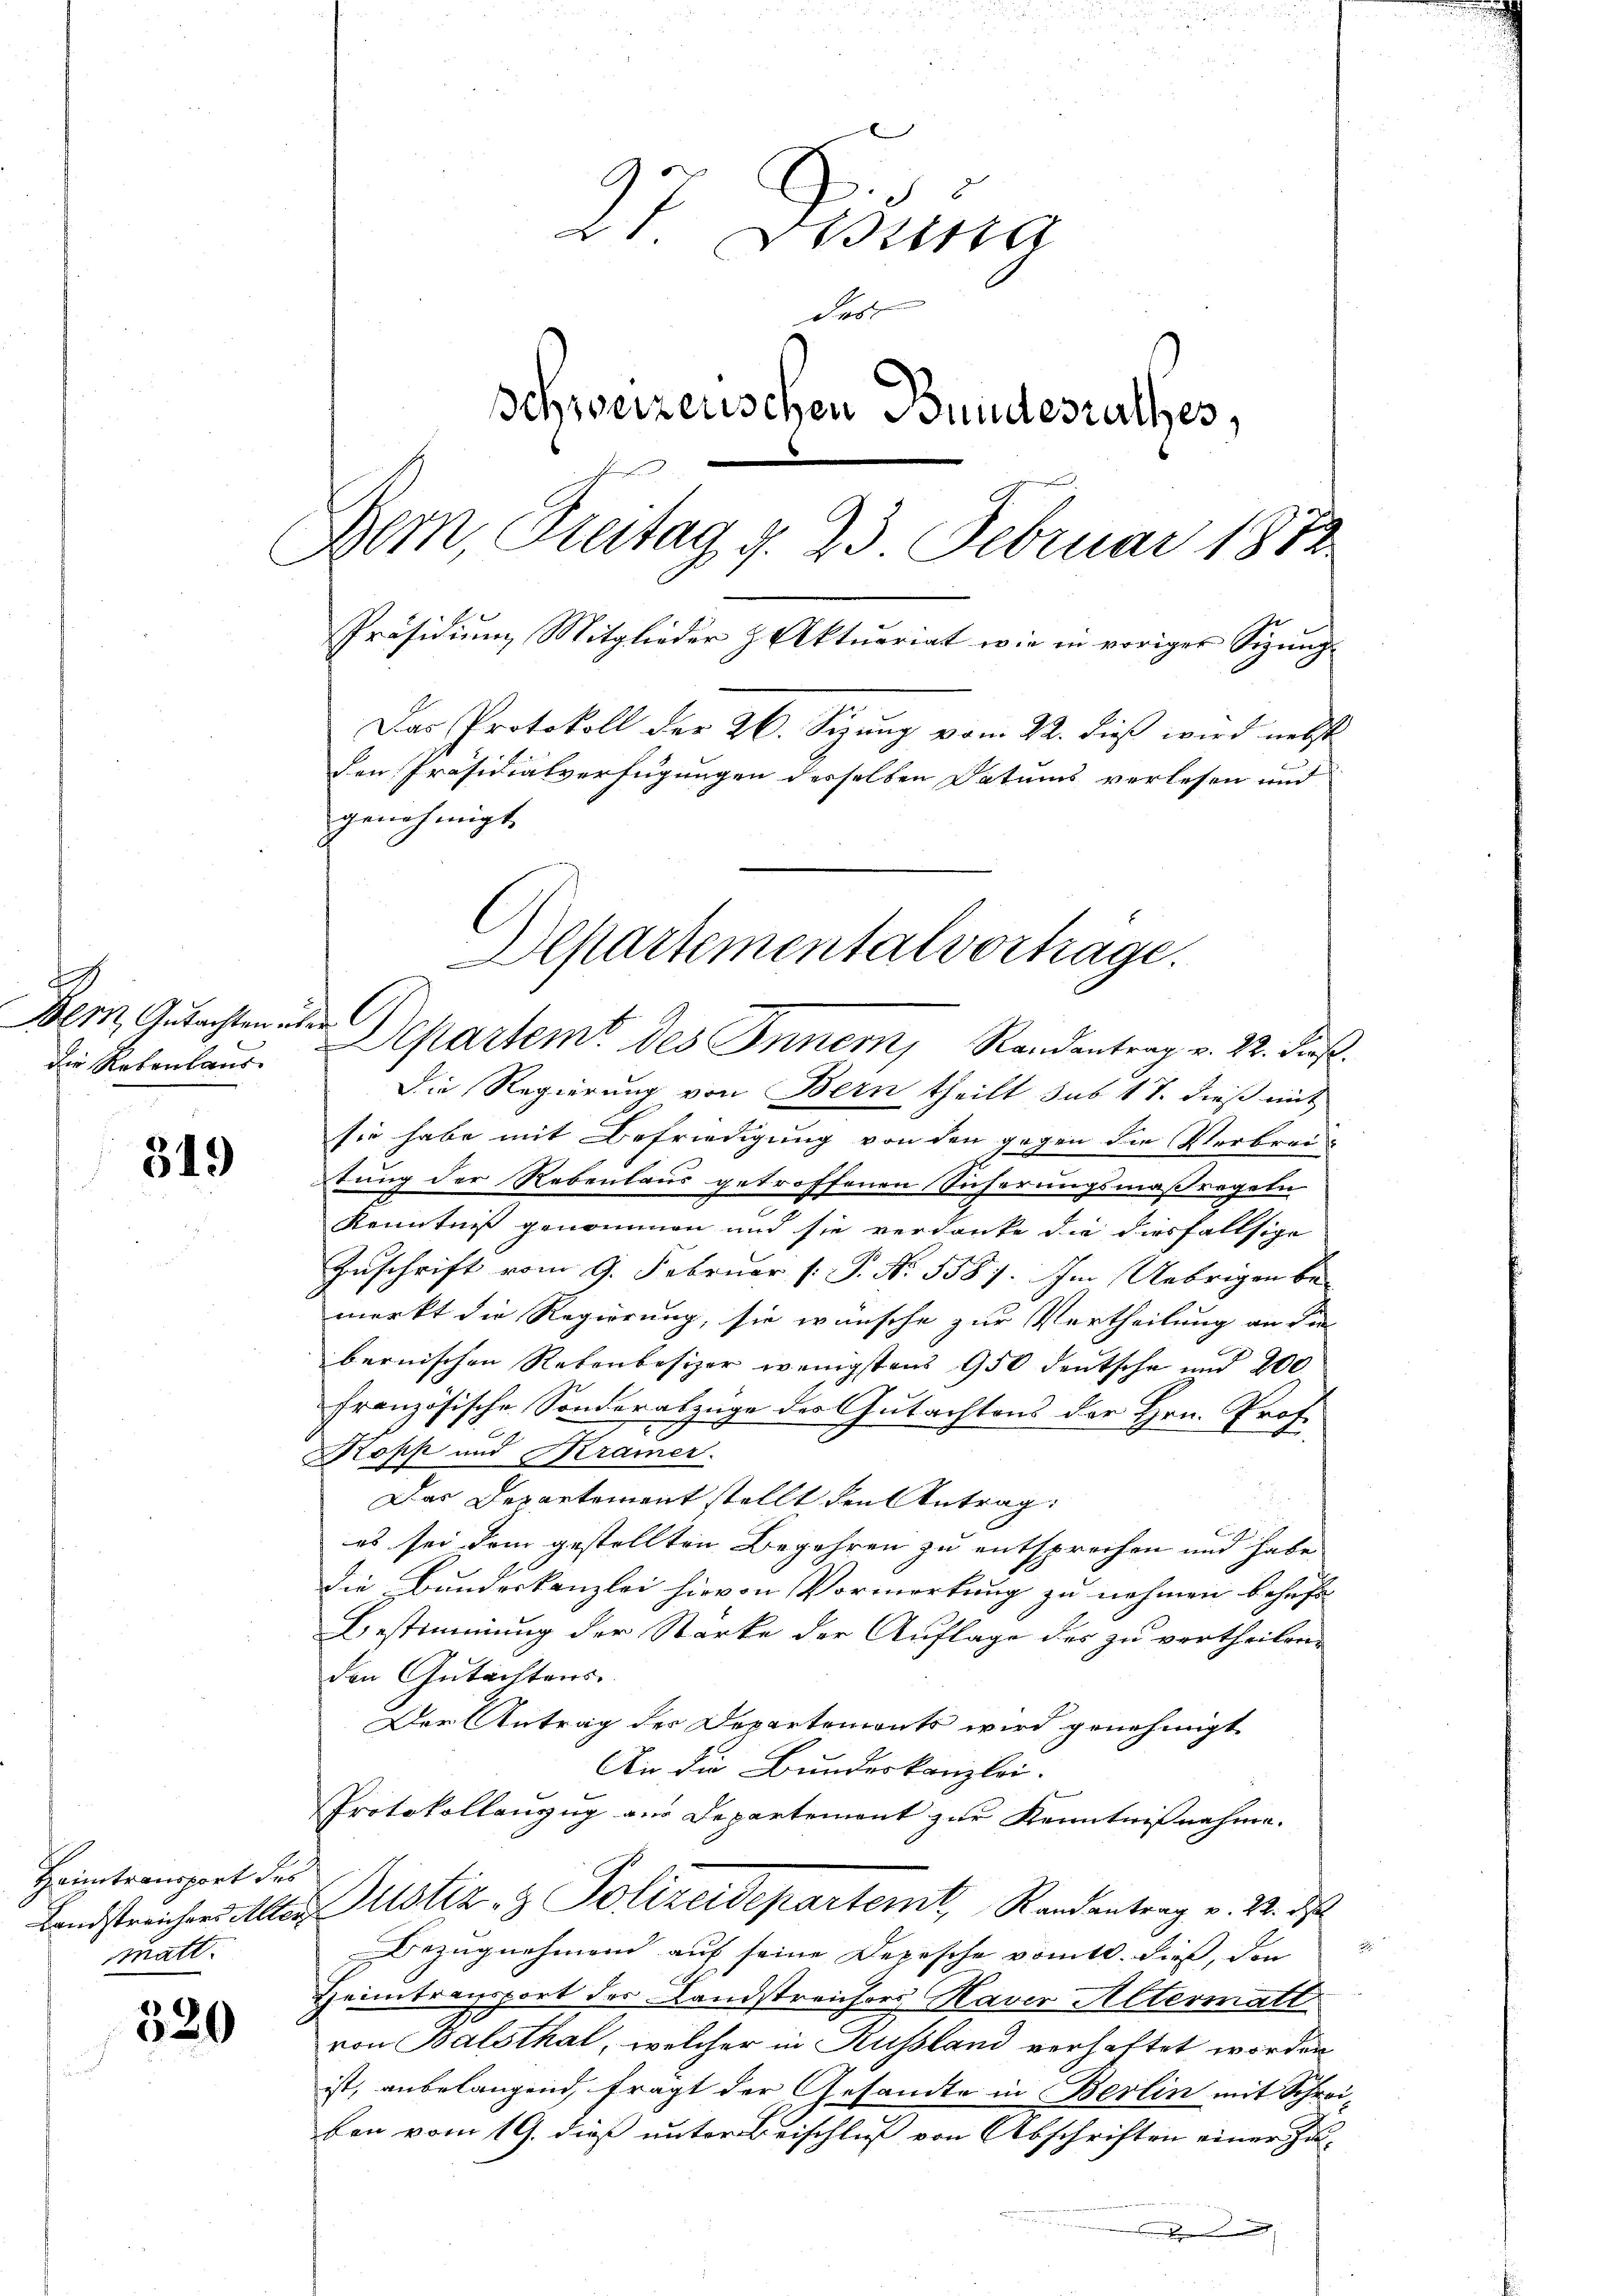
s
Bern Gutachten über
die Rebenhaus.

319

Heimtransport des
matt.

520

27 Disena
das
Schweizenschen Bundesrathes,
Dem, Freitag d. 23 Februar 1872
Präsidium Mitglieder & Aktuariat wie in voriger Sizung.
Das Protokoll der 26. Sizung vom 22. dieß wird nebst
den Präsidialverfügungen desselben Datums verlesen und
genehmigt.

Die Regierung von Bern theilt sub 17. dieß mit
sie habe mit Befriedigung von den gegen die Verbrec
tung der Rebenlaus getroffenen Sicherungsmaßregeln
Kenntniß genommen und sie verdanke die diesfallsige
Zuschrift vom 9. Februar (: P. Nr. 558). Im Uebrigen be-
merkt die Regierung, sie wünsche zur Vertheilung an die
bernischen Rebenbesizer wenigstens 950 deutsche und 200
französische Sonderabzüge des Gutachtens der Hrn. Prof.
Kopp und Kramer.
Das Departement stellt den Antrag
es sei dem gestellten Begehren zu entsprechen und habe
die Bundeskanzlei hievon Vormerkung zu nehmen behufs
Bestimmung der Starke der Auflage des zu vertheilen.
den Gutachtens.
Der Antrag des Departemonts wird genehmigt
An die Bundeskanzlei.
Protokollauzug aus Departement zur Kenntnißnahme.
Landstreichers Alter Mitstiz- & Polizeidepartemt, Randantrag v. 22. ds
Bezugnehmend auf seine Depesche vomtl. dieß, den
Heimtransport der Landstreichers Haver Altermatt
von Balsthal, welcher in Russland verhaftet worden
ist, anbelangend, fragt der Gesandte in Berlin mit Schrei-
ben vom 19. dieß unter Beischluß von Abschriften einer Zu-
D

Departementalvertrage.
Separtemt des Inner, Randantrag v. 22. diese